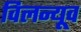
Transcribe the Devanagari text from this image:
विलन्यूव